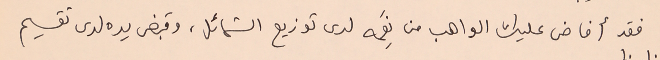
فقد أفاض عليك الواهب من نِعَمه لدى توزيع الشمائل، وقبض يده لدى تقسيم